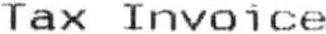
TAX INVOICE